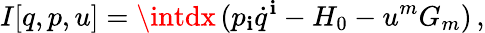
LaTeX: I[q,p,u]=\intdx\, (p_{\mathbf{i}}\dot{{q}}^{\mathbf{i}}-H_{0}-u^{m}G_{m})\, ,